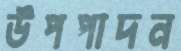
উপপাদন